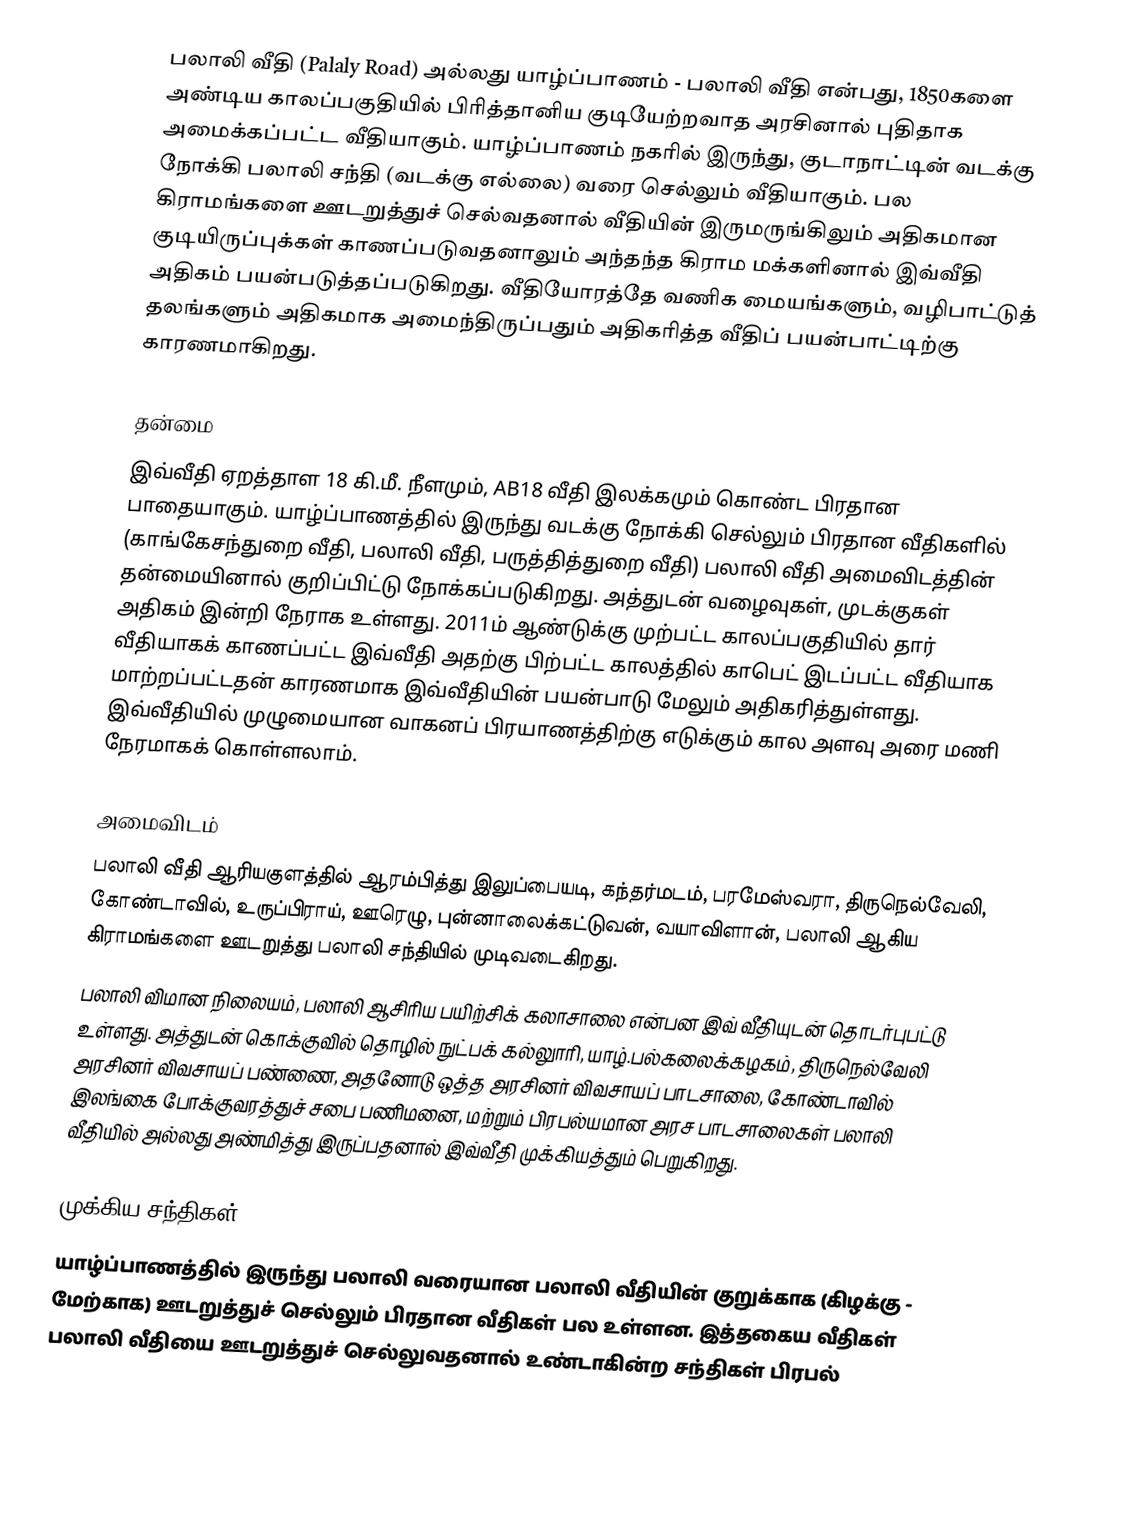
பலாலி வீதி (Palaly Road) அல்லது யாழ்ப்பாணம் - பலாலி வீதி என்பது, 1850களை அண்டிய காலப்பகுதியில் பிரித்தானிய குடியேற்றவாத அரசினால் புதிதாக அமைக்கப்பட்ட வீதியாகும். யாழ்ப்பாணம் நகரில் இருந்து, குடாநாட்டின் வடக்கு நோக்கி பலாலி சந்தி (வடக்கு எல்லை) வரை செல்லும் வீதியாகும். பல கிராமங்களை ஊடறுத்துச் செல்வதனால் வீதியின் இருமருங்கிலும் அதிகமான குடியிருப்புக்கள் காணப்படுவதனாலும் அந்தந்த கிராம மக்களினால் இவ்வீதி அதிகம் பயன்படுத்தப்படுகிறது. வீதியோரத்தே வணிக மையங்களும், வழிபாட்டுத் தலங்களும் அதிகமாக அமைந்திருப்பதும் அதிகரித்த வீதிப் பயன்பாட்டிற்கு காரணமாகிறது.

தன்மை
இவ்வீதி ஏறத்தாள 18 கி.மீ. நீளமும், AB18 வீதி இலக்கமும் கொண்ட பிரதான பாதையாகும்.  யாழ்ப்பாணத்தில் இருந்து வடக்கு நோக்கி செல்லும் பிரதான வீதிகளில் (காங்கேசந்துறை வீதி, பலாலி வீதி, பருத்தித்துறை வீதி) பலாலி வீதி அமைவிடத்தின் தன்மையினால் குறிப்பிட்டு நோக்கப்படுகிறது. அத்துடன் வழைவுகள், முடக்குகள் அதிகம் இன்றி நேராக உள்ளது.  2011ம் ஆண்டுக்கு முற்பட்ட காலப்பகுதியில் தார் வீதியாகக் காணப்பட்ட இவ்வீதி அதற்கு பிற்பட்ட காலத்தில் காபெட் இடப்பட்ட வீதியாக மாற்றப்பட்டதன் காரணமாக இவ்வீதியின் பயன்பாடு மேலும் அதிகரித்துள்ளது. இவ்வீதியில் முழுமையான வாகனப் பிரயாணத்திற்கு எடுக்கும் கால அளவு அரை மணி நேரமாகக் கொள்ளலாம்.

அமைவிடம்
பலாலி வீதி ஆரியகுளத்தில் ஆரம்பித்து இலுப்பையடி, கந்தர்மடம், பரமேஸ்வரா, திருநெல்வேலி, கோண்டாவில், உருப்பிராய், ஊரெழு, புன்னாலைக்கட்டுவன், வயாவிளான், பலாலி ஆகிய கிராமங்களை ஊடறுத்து பலாலி சந்தியில் முடிவடைகிறது.
பலாலி விமான நிலையம், பலாலி ஆசிரிய பயிற்சிக் கலாசாலை என்பன இவ் வீதியுடன் தொடர்புபட்டு உள்ளது. அத்துடன் கொக்குவில் தொழில் நுட்பக் கல்லுாரி, யாழ்.பல்கலைக்கழகம், திருநெல்வேலி அரசினர் விவசாயப் பண்ணை, அதனோடு ஒத்த அரசினர் விவசாயப் பாடசாலை, கோண்டாவில் இலங்கை போக்குவரத்துச் சபை பணிமனை, மற்றும் பிரபல்யமான அரச பாடசாலைகள் பலாலி வீதியில் அல்லது அண்மித்து இருப்பதனால் இவ்வீதி முக்கியத்தும் பெறுகிறது.

முக்கிய சந்திகள்
யாழ்ப்பாணத்தில் இருந்து பலாலி வரையான பலாலி வீதியின் குறுக்காக (கிழக்கு - மேற்காக) ஊடறுத்துச் செல்லும் பிரதான வீதிகள் பல உள்ளன. இத்தகைய வீதிகள் பலாலி வீதியை ஊடறுத்துச் செல்லுவதனால் உண்டாகின்ற சந்திகள் பிரபல்